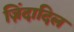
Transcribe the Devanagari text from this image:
ज़िंदादिल